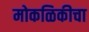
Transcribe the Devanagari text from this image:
मोकळिकीचा